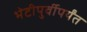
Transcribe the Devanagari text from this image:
भेटीपुर्वीपर्यंत